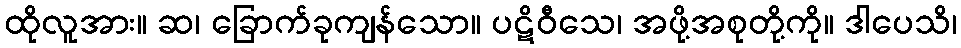
ထိုလူအား။ ဆ၊ ခြောက်ခုကျန်သော။ ပဋိဝီသေ၊ အဖို့အစုတို့ကို။ ဒါပေသိ၊